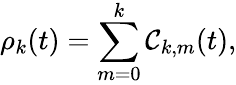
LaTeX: \rho_{k}(t)=\sum_{m=0}^{k}\mathcal{C}_{k,m}(t),